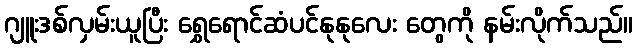
ဂျူးဒစ်လှမ်းယူပြီး ရွှေရောင်ဆံပင်နုနုလေး တွေကို နမ်းလိုက်သည်။